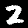
Label: 2